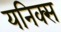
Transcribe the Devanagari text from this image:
यनिक्स